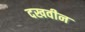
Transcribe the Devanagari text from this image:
दखवीन